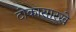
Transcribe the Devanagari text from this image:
टोकासारखे